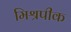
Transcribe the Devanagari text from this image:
मिश्रपीक